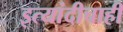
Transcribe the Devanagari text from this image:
इत्यांदीचाही